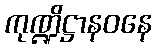
ကုဏ္ဍိဋ္ဌာနဝနေ